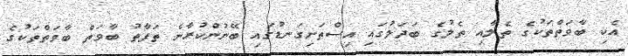
އެކި ބާވަތްތަކުގެ ތެލާއި ތެލުގެ ބަދަލުގައި އިސްތަށިގަނޑުގައި ބޭނުންކުރާނެ ތަފާތު ބާވަތް ބާވަތްތަކުގެ